Civil Veterinary Department. Madras. Admin. report 1910-25 - 1910-1925
Year: 1910
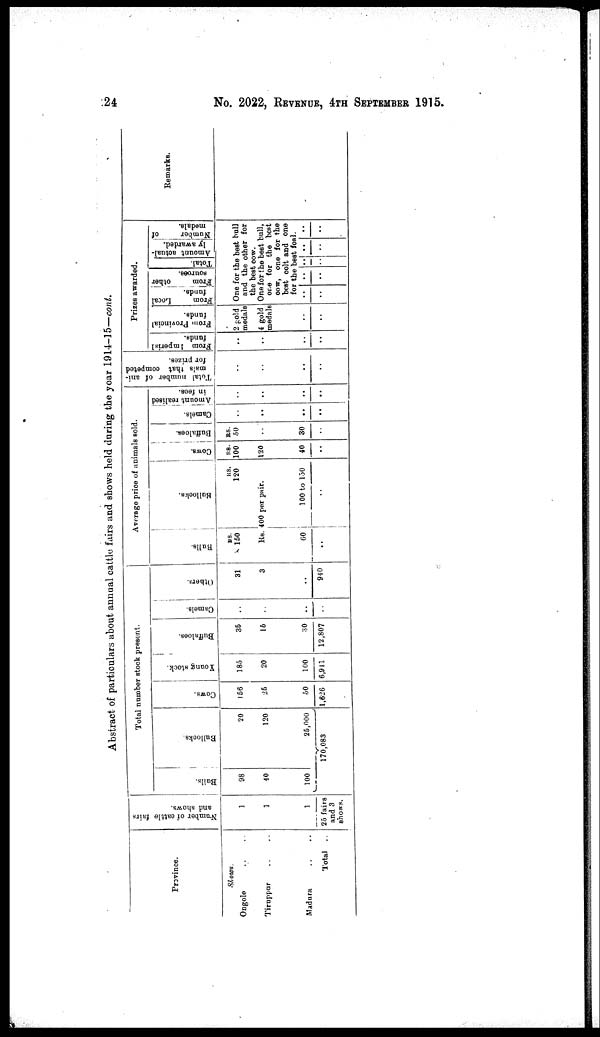
24
No. 2022, REVENUE, 4TH SEPTEMBER 1915.
Abstract of particulars about annual cattle fairs and shows held during the year 1914 -15—cont.
Province.
Shows.
Ongole .. ..
Tiruppur .. ..
Madura .. ..
Total ..
Number
of cattle fairs
and shows.
1
1
1
25 fairs
and 3
shows.
Total number stock present.
Bulls.
98
40
100
Bullocks
20
120
25,000
170,083
Cows.
156
25
50
1,626
Young stock.
185
20
100
6,941
Buffaloes.
35
15
30
12,807
Camels.
..
..
..
..
Others.
31
3
..
940
Average price of animals sold.
Bulls.
RS.
150
Rs.
60
..
Bullocks.
RS.
120
400 per pair.
100 to 150
..
Cows.
RS.
100
120
40
..
Buffaloes.
RS.
50
..
30
..
Camels.
..
..
..
..
Amount realised
in fees.
..
..
..
..
Total number of ani-
mals that competed
for prizes.
..
..
..
..
Prizes awarded.
From Imperial
funds.
..
..
..
..
From Provincial
funds.
2 gold
medals
4 gold
medals
..
..
From
Local
funds.
From
other
sources.
Total.
Amount actual-
ly awarded.
Number
of
medals.
One for the best bull
and the other for
the best cow.
One for the best bull,
one for the best
cow, one for the
best colt and one
for the best foal.
..
..
..
..
..
..
..
..
..
..
Remarks.